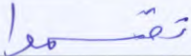
تقسموا